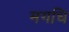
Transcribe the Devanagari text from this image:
मगधि